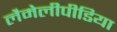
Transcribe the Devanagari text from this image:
लैमेलीपीडिया